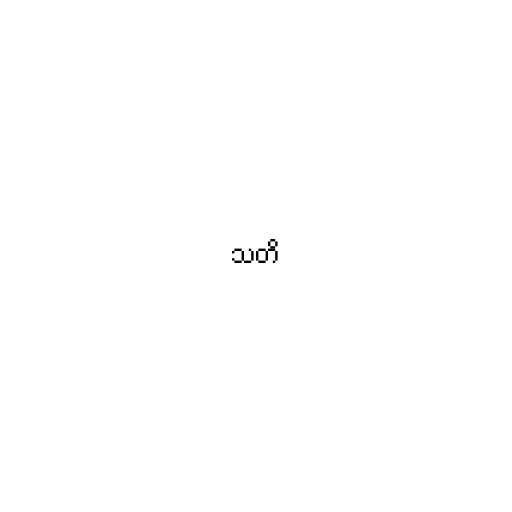
သတိ